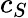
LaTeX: c_{S}